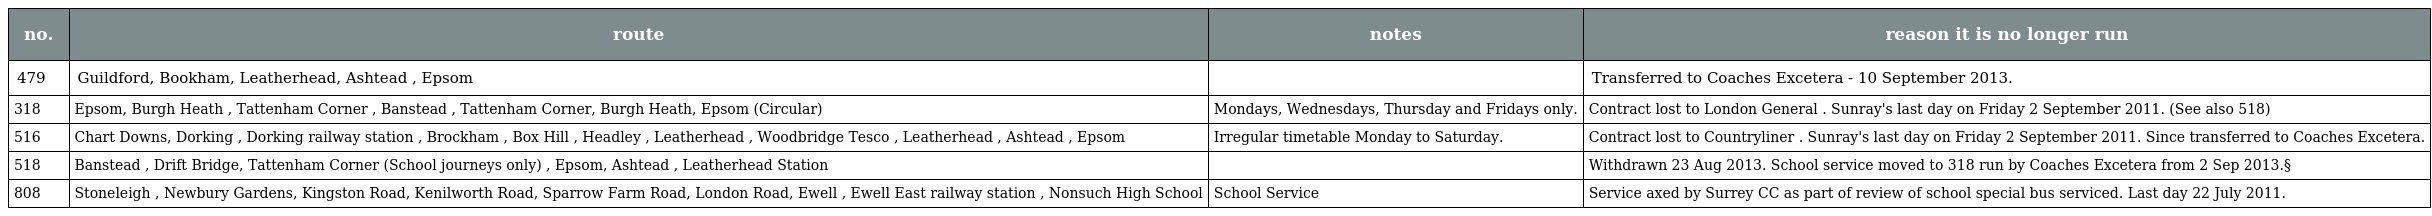
| no. | route | notes | reason it is no longer run |
 | --- | --- | --- | --- |
 | 479 | Guildford, Bookham, Leatherhead, Ashtead , Epsom |  | Transferred to Coaches Excetera - 10 September 2013. |
 | 318 | Epsom, Burgh Heath , Tattenham Corner , Banstead , Tattenham Corner, Burgh Heath, Epsom (Circular) | Mondays, Wednesdays, Thursday and Fridays only. | Contract lost to London General . Sunray's last day on Friday 2 September 2011. (See also 518) |
 | 516 | Chart Downs, Dorking , Dorking railway station , Brockham , Box Hill , Headley , Leatherhead , Woodbridge Tesco , Leatherhead , Ashtead , Epsom | Irregular timetable Monday to Saturday. | Contract lost to Countryliner . Sunray's last day on Friday 2 September 2011. Since transferred to Coaches Excetera. |
 | 518 | Banstead , Drift Bridge, Tattenham Corner (School journeys only) , Epsom, Ashtead , Leatherhead Station |  | Withdrawn 23 Aug 2013. School service moved to 318 run by Coaches Excetera from 2 Sep 2013.§ |
 | 808 | Stoneleigh , Newbury Gardens, Kingston Road, Kenilworth Road, Sparrow Farm Road, London Road, Ewell , Ewell East railway station , Nonsuch High School | School Service | Service axed by Surrey CC as part of review of school special bus serviced. Last day 22 July 2011. |